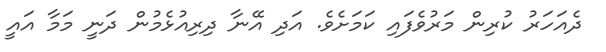
ދެއަހަރު ކުރިން މަރުވެފައި ކަމަށެވެ. އަދި އޭނާ ދިރިއުޅެމުން ދަނީ މަމާ އައީ